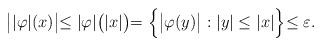
LaTeX: \begin{align*}\bigl\lvert\lvert\varphi\rvert(x)\bigl\rvert \leq \lvert\varphi\rvert\bigl(\lvert x\rvert\bigl)=\Bigl\{\bigl\lvert\varphi(y)\bigl\rvert\ : \lvert y\rvert \leq \lvert x\rvert\Bigl\} \leq \varepsilon.\end{align*}